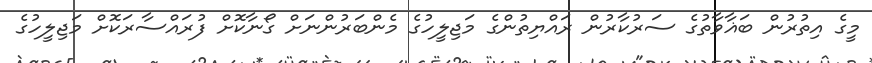
މީގެ އިތުރުން ބަޣާވާތުގެ ސަރުކާރުން ރައްޔިތުންގެ މަޖިލީހުގެ މެންބަރުންނަށް ގޯނާކޮށް ފުރައްސާރަކޮށް މަޖިލީހުގެ